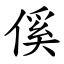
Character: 傒